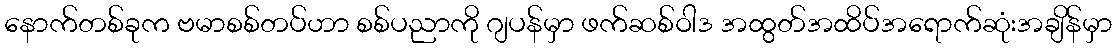
နောက်တစ်ခုက ဗမာစစ်တပ်ဟာ စစ်ပညာကို ဂျပန်မှာ ဖက်ဆစ်ဝါဒ အထွတ်အထိပ်အရောက်ဆုံးအချိန်မှာ